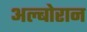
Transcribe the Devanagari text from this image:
अल्बोरान